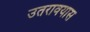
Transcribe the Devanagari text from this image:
उतरावयास